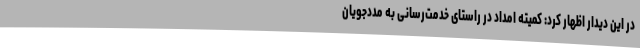
در این دیدار اظهار کرد: کمیته امداد در راستای خدمت‌رسانی به مددجویان